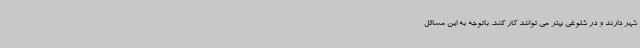
شهر دارند و در شلوغی بهتر می توانند کار کنند. باتوجه به این مسائل